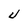
Character: U